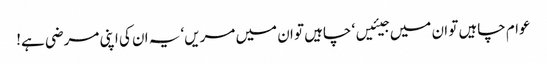
عوام چاہیں تو ان میں جیئیں‘ چاہیں تو ان میں مریں‘ یہ ان کی اپنی مرضی ہے!